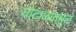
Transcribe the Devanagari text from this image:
घोटाळ्यामुळे